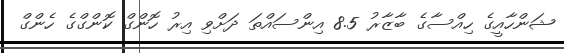
ޝަންހާއީގެ ހިއްސާގެ ބާޒާރު 8.5 އިންސައްތަ ދަށްވި އިރު ހޮންގް ކޮންގްގެ ހެންގް